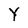
Character: Y